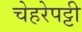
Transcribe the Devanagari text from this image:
चेहरेपट्टी